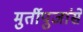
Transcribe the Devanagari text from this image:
मुर्तीपुजांसे